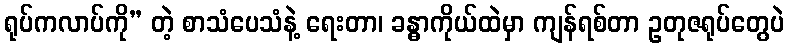
ရုပ်ကလာပ်ကို” တဲ့ စာသံပေသံနဲ့ ရေးတာ၊ ခန္ဓာကိုယ်ထဲမှာ ကျန်ရစ်တာ ဥတုဇရုပ်တွေပဲ